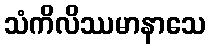
သံကိလိဿမာနာသေ